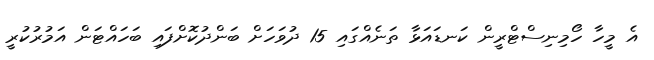
އެ މީހާ ހޯމިނިސްޓްރީން ކަނޑައަޅާ ތަނެއްގައި 15 ދުވަހަށް ބަންދުކޮށްފައި ބަހައްޓަން އަމުރުކުރީ